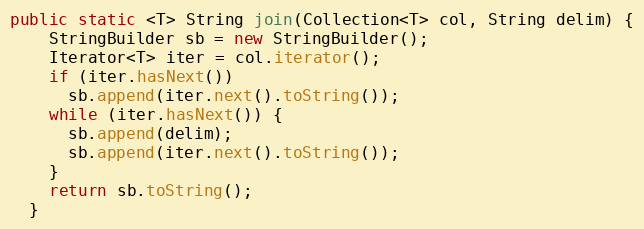
Language: Java
public static <T> String join(Collection<T> col, String delim) {
    StringBuilder sb = new StringBuilder();
    Iterator<T> iter = col.iterator();
    if (iter.hasNext())
      sb.append(iter.next().toString());
    while (iter.hasNext()) {
      sb.append(delim);
      sb.append(iter.next().toString());
    }
    return sb.toString();
  }